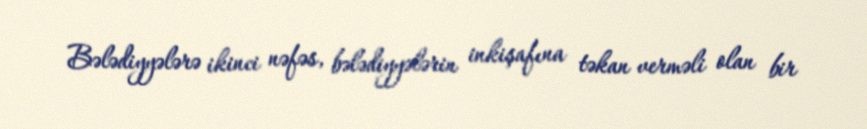
Bələdiyyələrə ikinci nəfəs, bələdiyyələrin inkişafına təkan verməli olan bir